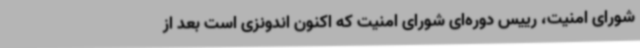
شورای امنیت، رییس دوره‌ای شورای امنیت که اکنون اندونزی است بعد از